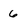
Character: 6